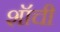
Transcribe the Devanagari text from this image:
शॉची